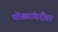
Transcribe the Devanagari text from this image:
घोड्यांवरील